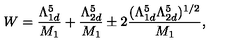
W = \frac { \Lambda _ { 1 d } ^ { 5 } } { M _ { 1 } } + \frac { \Lambda _ { 2 d } ^ { 5 } } { M _ { 1 } } \pm 2 \frac { ( \Lambda _ { 1 d } ^ { 5 } \Lambda _ { 2 d } ^ { 5 } ) ^ { 1 / 2 } } { M _ { 1 } } ,